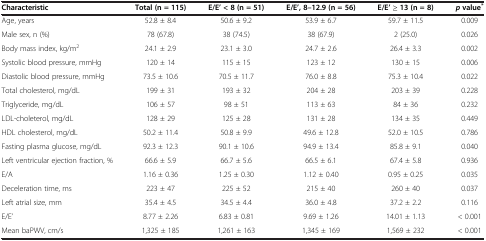
<table><thead><tr><td><b>Characteristic</b></td><td><b>Total (n = 115)</b></td><td><b>E/E’ &lt; 8 (n = 51)</b></td><td><b>E/E’, 8–12.9 (n = 56)</b></td><td><b>E/E’ ≥ 13 (n = 8)</b></td><td><b><i>p </i>value<sup>*</sup></b></td></tr></thead><tbody><tr><td>Age, years</td><td>52.8 ± 8.4</td><td>50.6 ± 9.2</td><td>53.9 ± 6.7</td><td>59.7 ± 11.5</td><td>0.009</td></tr><tr><td>Male sex, n (%)</td><td>78 (67.8)</td><td>38 (74.5)</td><td>38 (67.9)</td><td>2 (25.0)</td><td>0.026</td></tr><tr><td>Body mass index, kg/m<sup>2</sup></td><td>24.1 ± 2.9</td><td>23.1 ± 3.0</td><td>24.7 ± 2.6</td><td>26.4 ± 3.3</td><td>0.002</td></tr><tr><td>Systolic blood pressure, mmHg</td><td>120 ± 14</td><td>115 ± 15</td><td>123 ± 12</td><td>130 ± 15</td><td>0.006</td></tr><tr><td>Diastolic blood pressure, mmHg</td><td>73.5 ± 10.6</td><td>70.5 ± 11.7</td><td>76.0 ± 8.8</td><td>75.3 ± 10.4</td><td>0.022</td></tr><tr><td>Total cholesterol, mg/dL</td><td>199 ± 31</td><td>193 ± 32</td><td>204 ± 28</td><td>203 ± 39</td><td>0.228</td></tr><tr><td>Triglyceride, mg/dL</td><td>106 ± 57</td><td>98 ± 51</td><td>113 ± 63</td><td>84 ± 36</td><td>0.232</td></tr><tr><td>LDL-choleterol, mg/dL</td><td>128 ± 29</td><td>125 ± 28</td><td>131 ± 28</td><td>134 ± 35</td><td>0.449</td></tr><tr><td>HDL cholesterol, mg/dL</td><td>50.2 ± 11.4</td><td>50.8 ± 9.9</td><td>49.6 ± 12.8</td><td>52.0 ± 10.5</td><td>0.786</td></tr><tr><td>Fasting plasma glucose, mg/dL</td><td>92.3 ± 12.3</td><td>90.1 ± 10.6</td><td>94.9 ± 13.4</td><td>85.8 ± 9.1</td><td>0.040</td></tr><tr><td>Left ventricular ejection fraction, %</td><td>66.6 ± 5.9</td><td>66.7 ± 5.6</td><td>66.5 ± 6.1</td><td>67.4 ± 5.8</td><td>0.936</td></tr><tr><td>E/A</td><td>1.16 ± 0.36</td><td>1.25 ± 0.30</td><td>1.12 ± 0.40</td><td>0.95 ± 0.25</td><td>0.035</td></tr><tr><td>Deceleration time, ms</td><td>223 ± 47</td><td>225 ± 52</td><td>215 ± 40</td><td>260 ± 40</td><td>0.037</td></tr><tr><td>Left atrial size, mm</td><td>35.4 ± 4.5</td><td>34.5 ± 4.4</td><td>36.0 ± 4.8</td><td>37.2 ± 2.2</td><td>0.116</td></tr><tr><td>E/E’</td><td>8.77 ± 2.26</td><td>6.83 ± 0.81</td><td>9.69 ± 1.26</td><td>14.01 ± 1.13</td><td>&lt; 0.001</td></tr><tr><td>Mean baPWV, cm/s</td><td>1,325 ± 185</td><td>1,261 ± 163</td><td>1,345 ± 169</td><td>1,569 ± 232</td><td>&lt; 0.001</td></tr></tbody></table>